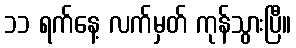
၁၁ ရက်နေ့ လက်မှတ် ကုန်သွားပြီ။